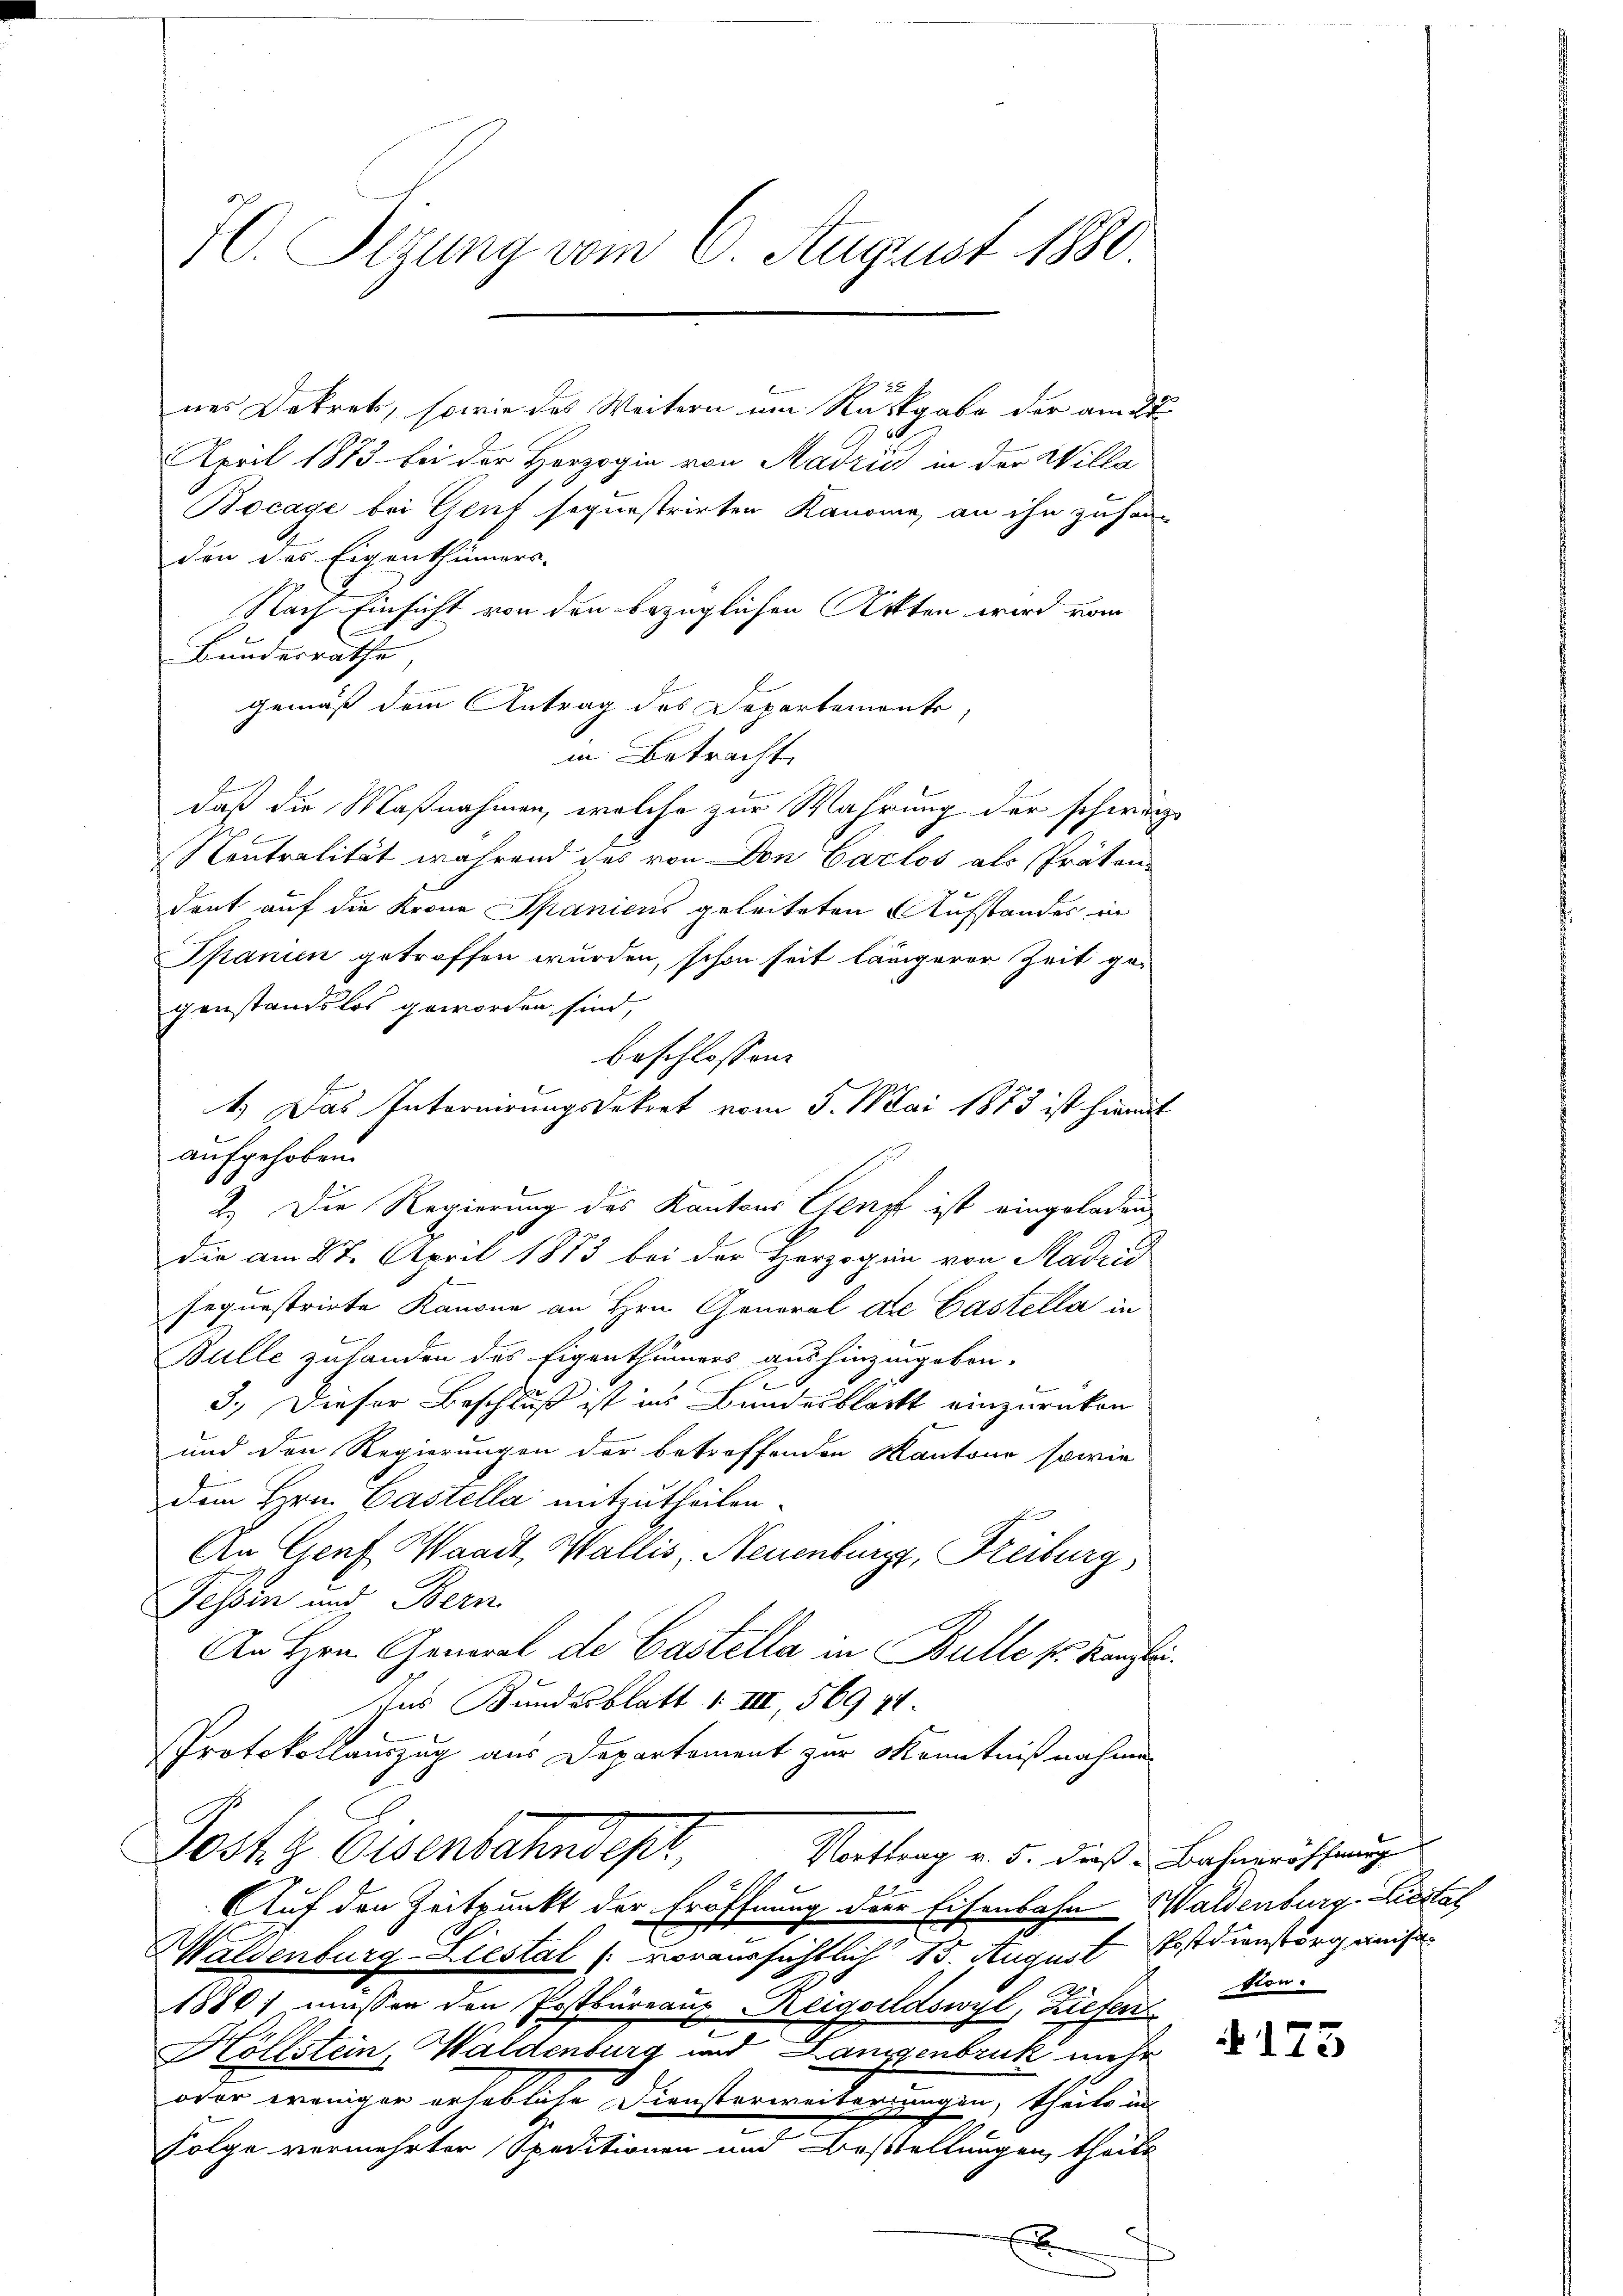
H. Sizung vom 6. August 1880.

2
nes Dekrets, sowie das Weitern um Rastgabe der am 27
April 1873 bei der Herzogin von Madrić in der Willa
Bocage bei Genf sequestrirten Kanone, an ihn zusam-
den des Eigenthümers.
Nach Einsicht von den bezüglichen Akten wird vom
Bundesrathe
gemäß dem Antrag des Departemente,
in Betracht,
daß die Maßnahmen, welche zur Wahrung der schwärz
Kontralität während das von Don Carlos als Präten
dont auf die Krona Spanicus geleiteten Aufstandes in
Spanien getroffen wurden, schon seit längerer Zeit ge-
genstandslos geworden sind,
beschlossen:
1.) Das Internirungsdekort vom 5. Mai 1883 ist hiemit
aufgehoben.
2.) Die Regierung des Kantons Genf ist eingeladen
die am 27. April 1873 bei der Herzogin von Madrid
sequestrirte Kanone an Hrn. General die Castella in
Bulle zuhanden das Eigenthümers aushinzugekon-
3.) Dieser Beschluß ist ins Bundesblatt einzurücken
und den Regierungen der betreffenden Kantone sowie
dem Hrn. Castella mitzutheilen.
An Genf Waadt, Wallis, Neuenburg, Freiburg,
Fessen und Bern
An Hrn. General de Castella in Bulle pr. Kanzle
Ins Bundesblatt 1. III, 569 71.
Protokollauszug aus Departement zur Kenntnißnahme
Jostz Eisenbahndepr
Norttrag v. 5. dieß: Bahneröffnung
Auf den Zeitpunkt der Eröffnung der Eisenbahn Waldenburg, Liestal
Waldenburg-Liestal voraussichtlich 15. August Postdienstorg einist
A
1880, müssen den Postbüreaus eigeldswyl, Liefens
Höllstein, Waldenburg und Langenbruck mehr
oder weniger erhebliche Diensterweiterungen, theils in
Folge vermehrter Speditionen und Bestellungen, theilt
xx

2

ton.

175